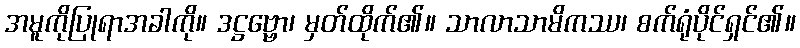
အမူကိုပြုရာအခါကို။ ဒဋ္ဌဗ္ဗော၊ မှတ်ထိုက်၏။ သာလာသာမိကဿ၊ စက်ရုံပိုင်ရှင်၏။